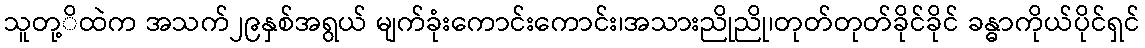
သူတု့ိထဲက အသက်၂၉နှစ်အရွယ် မျက်ခုံးကောင်းကောင်း၊အသားညိုညို၊တုတ်တုတ်ခိုင်ခိုင် ခန္ဓာကိုယ်ပိုင်ရှင်